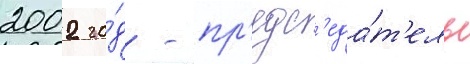
2002 го́д - пр'едс'еда́т'ель